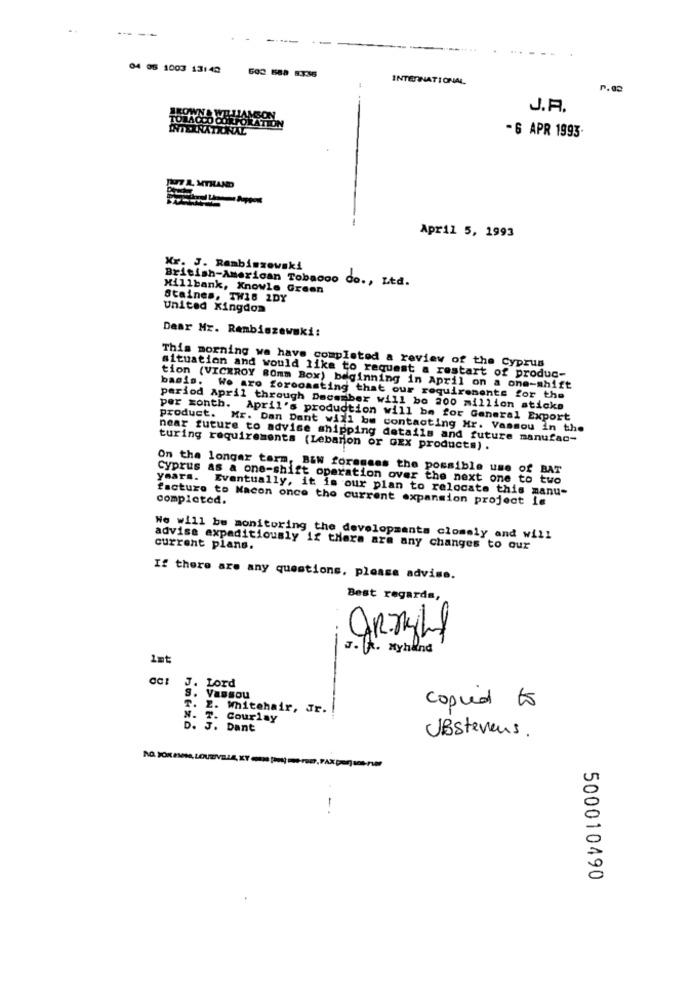
--
04 06 1003 13:42
GOC 688 8336
INTERNATIONAL
J.A.
-6 APR 1993.
JU L MTHAND
April 5, 1993
Mr. J. Rambiszewski
British-American Tobacco Co ., Ltd.
Millbank, Knowle Green
Staines, TW18 2DY
United Kingdom
Dear Mr. Rembiszewski:
This morning we have completed a review of the Cyprus
situation and would like to request a restart of produc-
tion (VICEROY BOmm Box) beginning in April on a one-shift
basis. We aro forooasting that our requirements for the
period April through December will bo 200 million sticks
per month. April's production will be for General Export
product. Mr. Dan Dant will be contacting Mr. Vasmou In the
near future to advise shipping details and future manufac-
turing requirements (Lebarion or oxx products) .
On the longar tarm, BEN forasses the possible use of BAT
Cyprus as a one-shift operation over the next one to two
years. Eventually, it is our plan to relocate this manu-
facture to Nacon once the current expansion project is
completed.
We will be monitoring the developments closely and will
current plans.
advise expeditiously if there are any changes to our
If there are any questions, please advise.
Best regards,
J. K. xyhand
1st
act
J. Lord
S. Vassou
T. E. Whitehair, Jr.
copied to
N. T. Courlay
D. J. Dant
UBstevens.
-
500010490